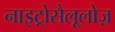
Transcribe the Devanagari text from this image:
नाइट्रोसैलूलोज़